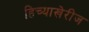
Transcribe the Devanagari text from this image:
हिच्याखेरीज